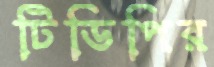
টিডিপির